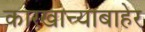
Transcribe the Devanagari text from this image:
कारखान्याबाहेर